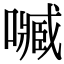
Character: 𡁧